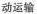
动运输